Annual returns of the Patna Lunatic Asylum at Bankipore in Bihar and Orissa - 1912-1924
Year: 1912
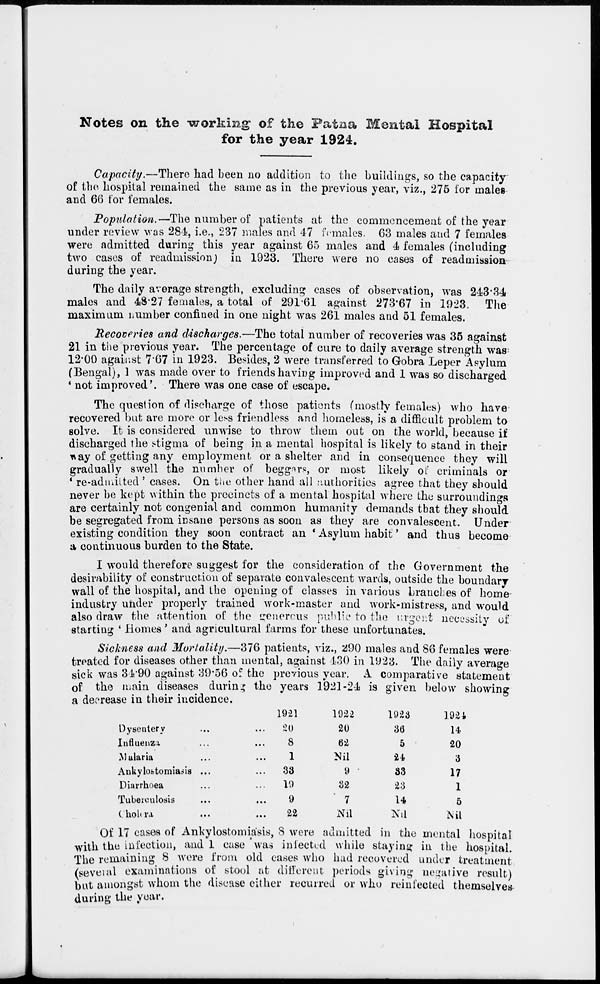
Notes on the working of the Patna Mental Hospital
for the year 1924.
Capacity.—There had been no addition to the buildings, so the capacity
of the hospital remained the same as in the previous year, viz., 275 for males
and 66 for females.
Population.—The number of patients at the commencement of the year
under review was 284, i.e., 237 males and 47 females. 63 males and 7 females
were admitted during this year against 65 males and 4 females (including
two cases of readmission) in 1923. There were no cases of readmission
during the year.
The daily average strength, excluding cases of observation, was 243.34
males and 48.27 females, a total of 291.61 against 273.67 in 1923. The
maximum number confined in one night was 261 males and 51 females.
Recoveries and discharges.—The total number of recoveries was 35 against
21 in the previous year. The percentage of cure to daily average strength was
12.00 against 7.67 in 1923. Besides, 2 were transferred to Gobra Leper Asylum
(Bengal), 1 was made over to friends having improved and 1 was so discharged
' not improved '. There was one case of escape.
The question of discharge of those patients (mostly females) who have
recovered but are more or less friendless and homeless, is a difficult problem to
solve. It is considered unwise to throw them out on the world, because if
discharged the stigma of being in a mental hospital is likely to stand in their
way of getting any employment or a shelter and in consequence they will
gradually swell the number of beggars, or most likely of criminals or
' re-admitted ' cases. On the other hand all authorities agree that they should
never be kept within the precincts of a mental hospital where the surroundings
are certainly not congenial and common humanity demands that they should
be segregated from insane persons as soon as they are convalescent. Under
existing condition they soon contract an ' Asylum habit ' and thus become
a continuous burden to the State.
I would therefore suggest for the consideration of the Government the
desirability of construction of separate convalescent wards, outside the boundary
wall of the hospital, and the opening of classes in various branches of home-
industry under properly trained work-master and work-mistress, and would
also draw the attention of the genereous public to the urgent necessity of
starting ' Homes' and agricultural farms for these unfortunates.
Sickness and Mortality.—376 patients, viz., 290 males and 86 females were
treated for diseases other than mental, against 430 in 1923. The daily average
sick was 34.90 against 39.56 of the previous year. A comparative statement
of the main diseases during the years 1921-24 is given below showing
a decrease in their incidence.
Dysentery ... ...
Influenza ... ...
Malaria ... ...
Ankylostomiasis ... ...
Diarrhoea ... ...
Tuberculosis ... ...
Cholora ... ...
1921
20
8
1
33
19
9
22
1922
20
62
Nil
9
32
7
Nil
1923
36
5
24
33
23
14
Nil
1924
14
20
3
17
1
5
Nil
Of 17 cases of Ankylostomiasis, 8 were admitted in the mental hospital
with the infection, and 1 case was infected while staying in the hospital.
The remaining 8 were from old cases who had recovered under treatment
(several examinations of stool at different periods giving negative result)
but amongst whom the disease either recurred or who reinfected themselves
during the year.